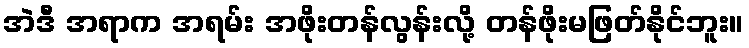
အဲဒီ အရာက အရမ်း အဖိုးတန်လွန်းလို့ တန်ဖိုးမဖြတ်နိုင်ဘူး။